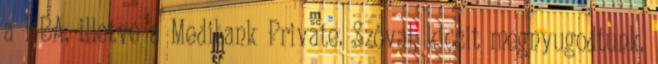
a HBA, illetve a Medibank Private. Szóval, kicsit megnyugodtunk.